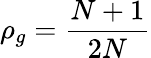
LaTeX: \rho_{g}=\frac{N+1}{2N}